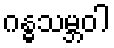
ဂန္ဓသမ္ဘဝါ